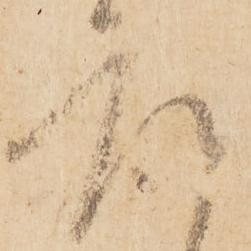
座